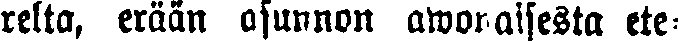
relta, erään asunnon awonaisesta ete-